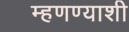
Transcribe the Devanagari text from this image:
म्हणण्याशी